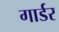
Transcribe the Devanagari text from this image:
गार्डर